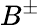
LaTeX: B^{\pm}